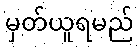
မှတ်ယူရမည်